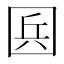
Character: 𡇥